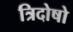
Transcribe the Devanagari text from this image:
त्रिदोषो